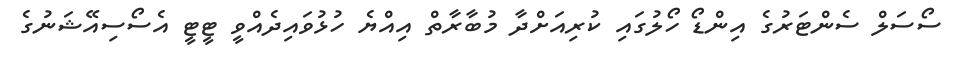
ސޯސަލް ސެންޓަރުގެ އިންޑޯ ހޯލުގައި ކުރިއަށްދާ މުބާރާތް އިއްޔެ ހުޅުވައިދެއްވީ ޓީޓީ އެސޯސިއޭޝަނުގެ